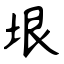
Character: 垠